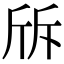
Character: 𣂙